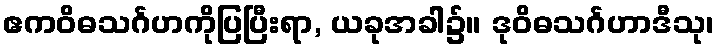
ဧကဝိဓသင်္ဂဟကိုပြပြီးရာ, ယခုအခါ၌။ ဒုဝိဓသင်္ဂဟာဒီသု၊